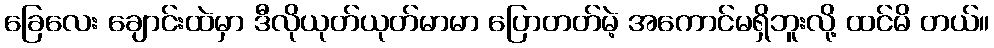
ခြေလေး ချောင်းထဲမှာ ဒီလိုယုတ်ယုတ်မာမာ ပြောတတ်မဲ့ အကောင်မရှိဘူးလို့ ထင်မိ တယ်။